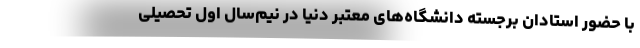
با حضور استادان برجسته دانشگاه‌های معتبر دنیا در نیم‌سال اول تحصیلی